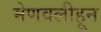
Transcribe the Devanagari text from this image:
मेणवलीहून